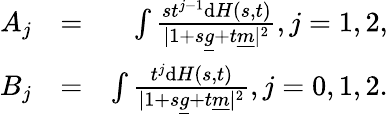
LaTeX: \begin{array}{r}{\begin{array}{rlr}{A_{j}}&{=}&{\int\frac{st^{j-1}\mathrm{d}H(s,t)}{\vert 1+s\underline{{g}}+t\underline{{m}}\vert^{2}},j=1,2,}\\ {B_{j}}&{=}&{\int\frac{t^{j}\mathrm{d}H(s,t)}{\vert 1+s\underline{{g}}+t\underline{{m}}\vert^{2}},j=0,1,2.}\end{array}}\end{array}